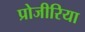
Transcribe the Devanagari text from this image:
प्रोजीरिया